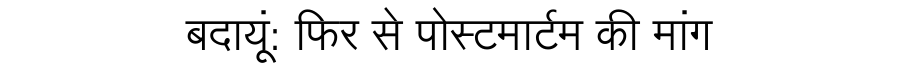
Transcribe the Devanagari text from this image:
बदायूं: फिर से पोस्टमार्टम की मांग